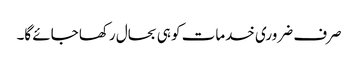
صرف ضروری خدمات کو ہی بحال رکھا جائے گا۔